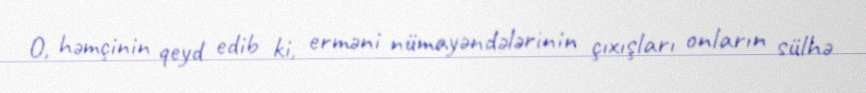
O, həmçinin qeyd edib ki, erməni nümayəndələrinin çıxışları onların sülhə